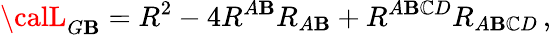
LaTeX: {\calL}_{G\mathbf{B}}=R^{2}-4R^{A\mathbf{B}}R_{A\mathbf{B}}+R^{A\mathbf{B}\mathbb{C}D}R_{A\mathbf{B}\mathbb{C}D}\, ,